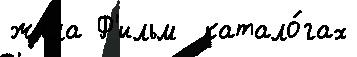
жила Ф'ильм  катало́гах